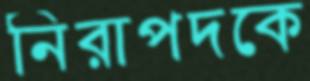
নিরাপদকে